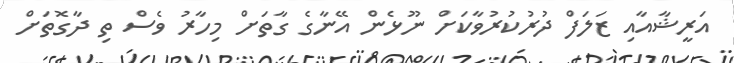
އަރީޝާއާއި ޒަލަފް ދުރުކުރުވާކަށް ނޫޅެން އޭނާގެ ގާތަށް މިހާރު ވެސް ތި ދާގޮތަށް